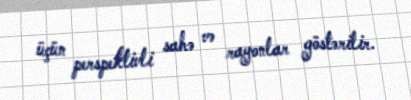
üçün perspektivli sahə və rayonlar göstərilir.